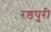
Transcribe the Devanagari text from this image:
रङपुरी